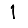
Digit: 1